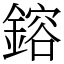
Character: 鎔